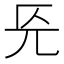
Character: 𭀟